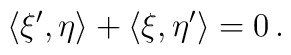
\langle\xi^\prime ,\eta \rangle +\langle\xi ,\eta^\prime \rangle =0\,.